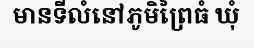
មានទីលំនៅភូមិព្រៃធំ ឃុំ